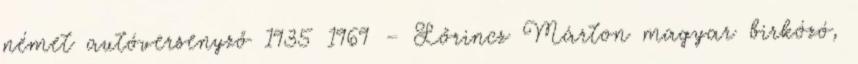
német autóversenyző 1935 1969 – Lőrincz Márton magyar birkózó,